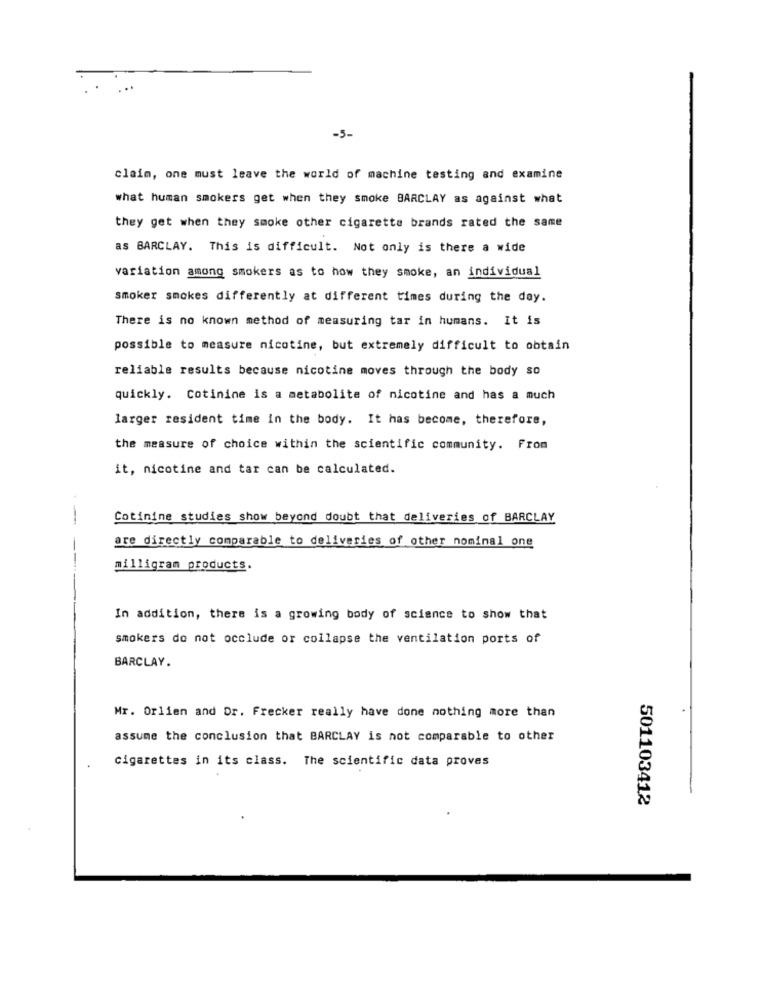
-5-
claim, one must leave the world of machine testing and examine
what human smokers get when they smoke BARCLAY as against what
they get when they smoke other cigaretta brands rated the same
as BARCLAY. This is difficult. Not only is there a wide
variation among smokers as to how they smoke, an individual
smoker smokes differently at different times during the day.
There is no known method of measuring tar in humans. It is
possible to measure nicotine, but extremely difficult to obtain
reliable results because nicotine moves through the body so
quickly. Cotinine is a metabolite of nicotine and has a much
larger resident time in the body. It has become, therefore,
the measure of choice within the scientific community. From
it, nicotine and tar can be calculated.
--
Cotinine studies show beyond doubt that deliveries of BARCLAY
are directly comparable to deliveries of other nominal one
--
milligram products.
In addition, there is a growing body of science to show that
smokers do not occlude or collapse the ventilation ports of
BARCLAY.
Mr. Orlien and Dr. Frecker really have done nothing more than
assume the conclusion that BARCLAY is not comparable to other
cigarettes in its class. The scientific data proves
501103412